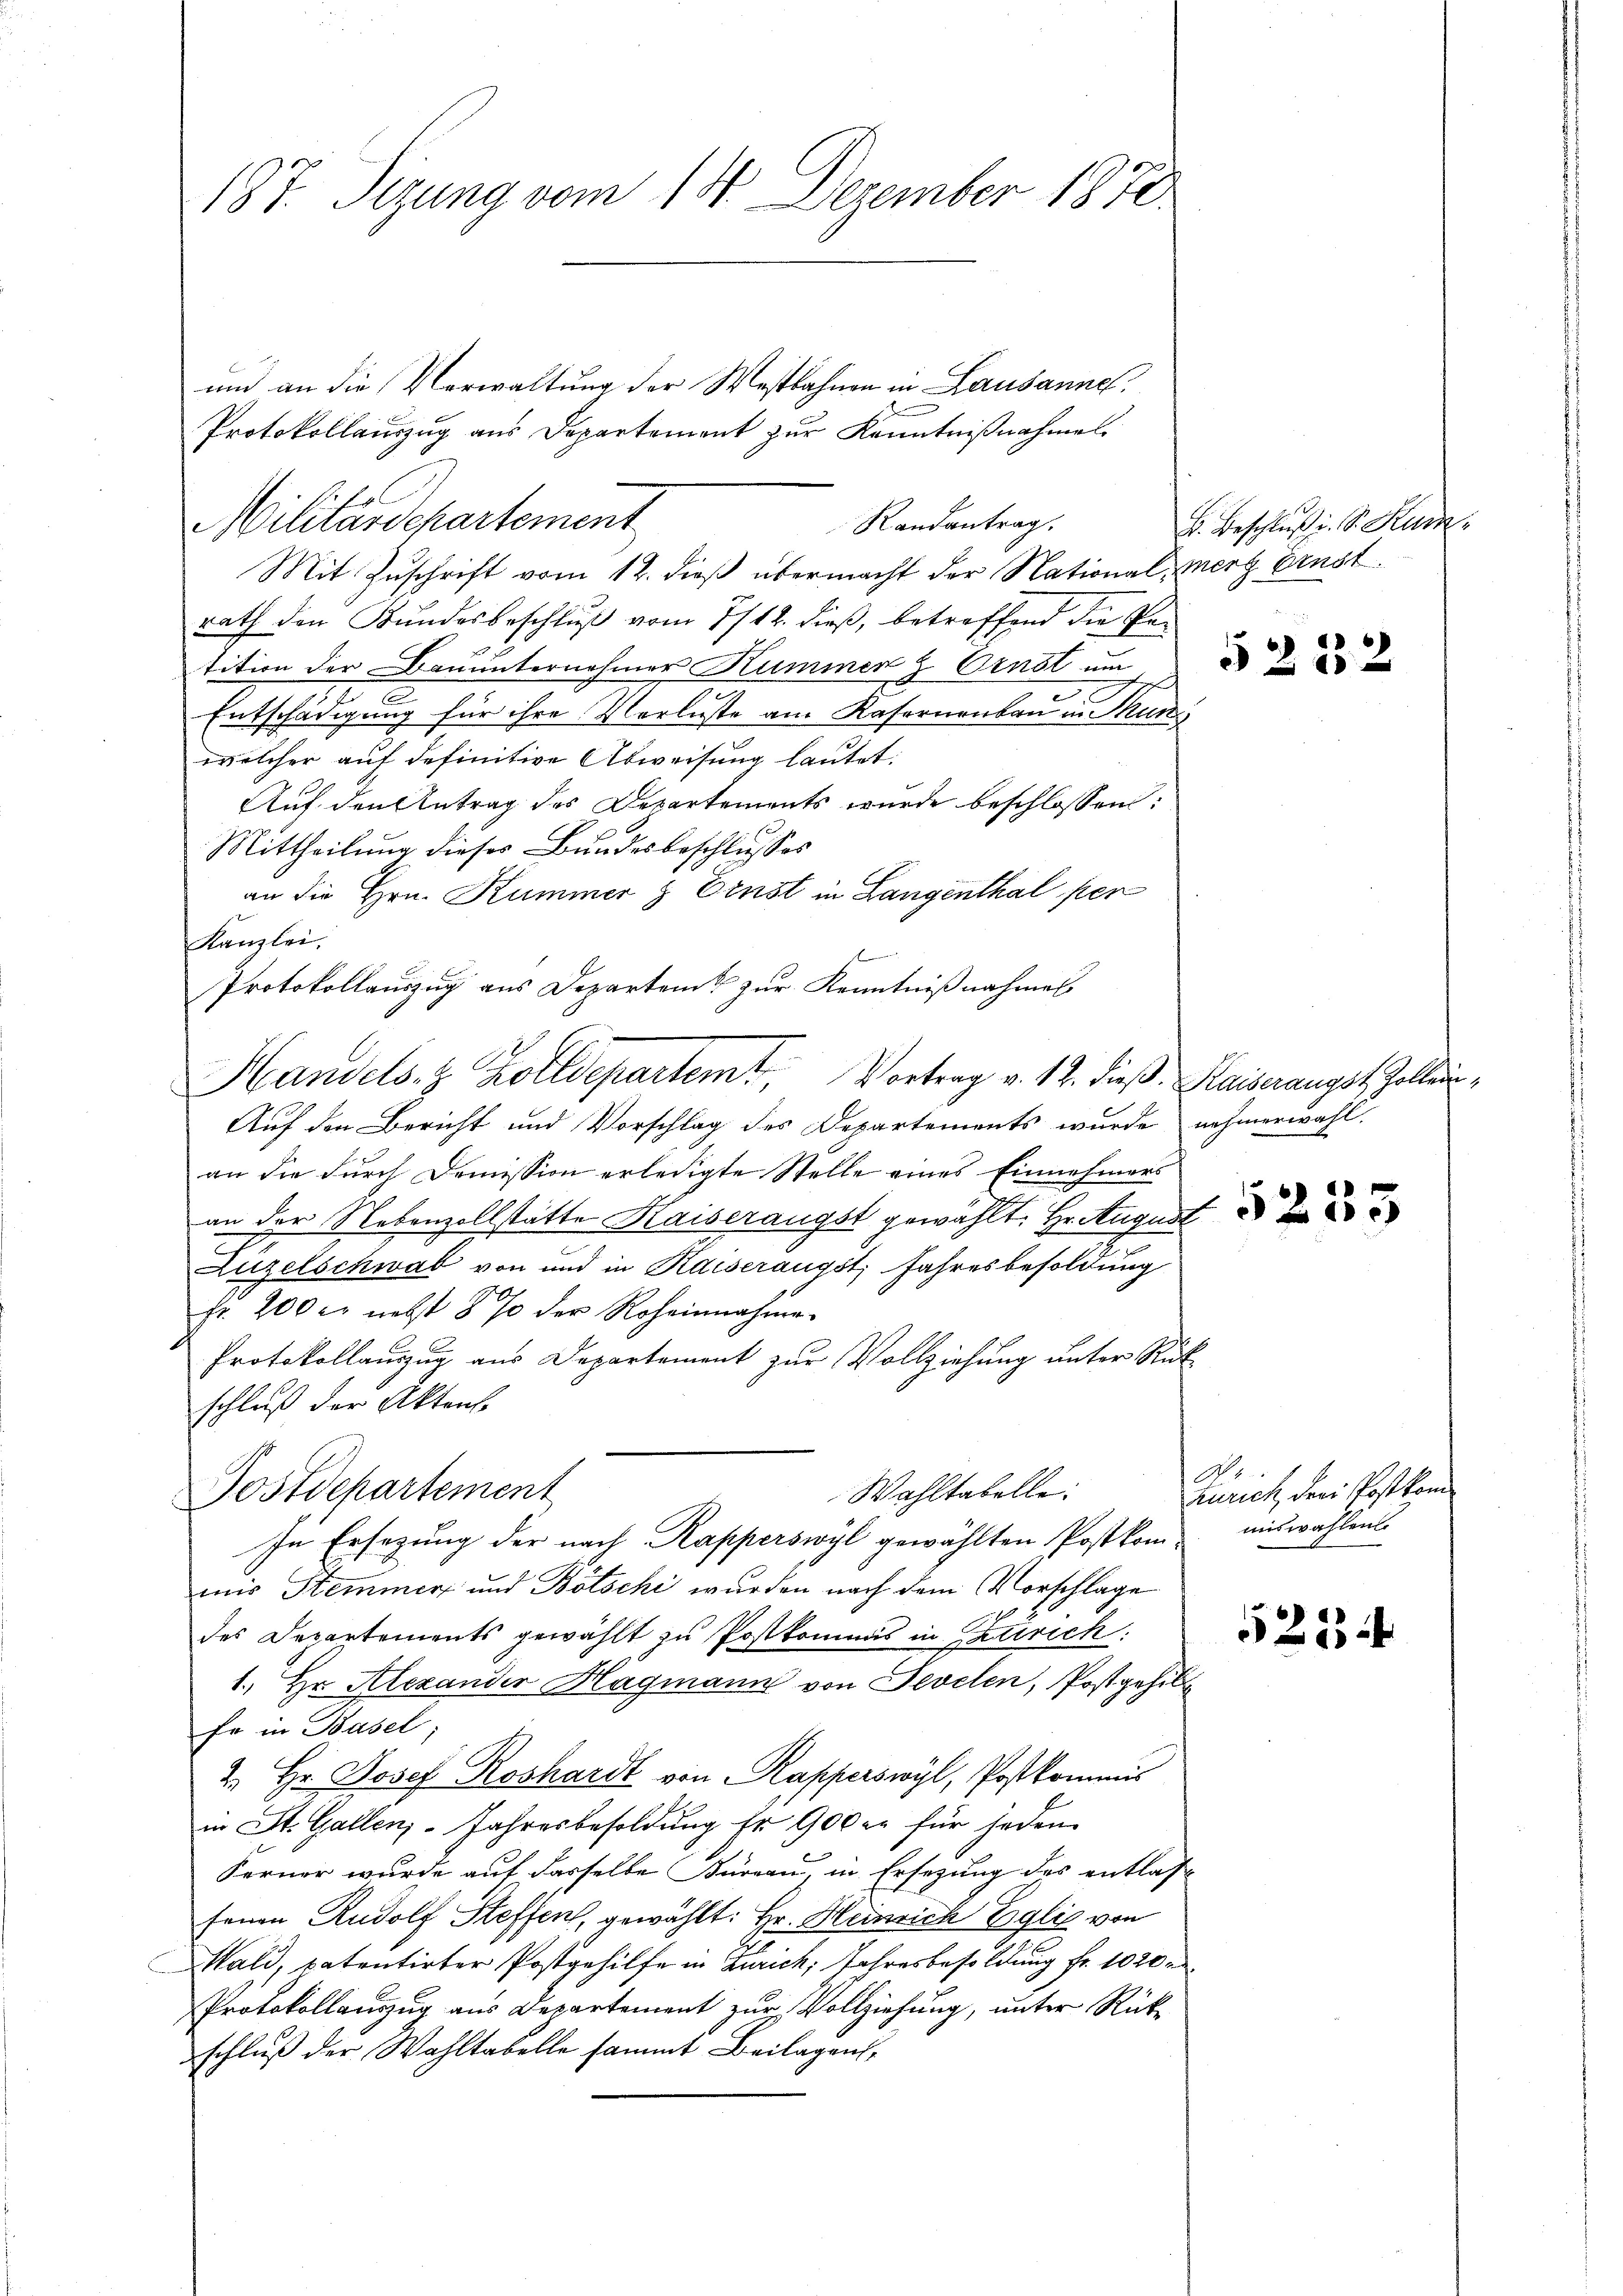
187. Sizung vom 14. Dezember 1870

und an die Verwaltung der Westbahnen in Lausanne
Protokollauszug aus Departement zur Kenntnißnahmes
Militärdepartement
Randantrag.
Mit Zuschrift vom 12. dieß übermacht der Nationalmerg Ernst
rath den Bundesbeschluß vom 1/12. dieß, betreffend die Ge¬
2
tition der Bauunternehmer Kummer z Ernst um
e
e
Entschädigung für ihre Verluste am Kasernenbau in Thun
welcher auf definitive Abweisung lautet:
Auf den Antrag des Departements wurde beschlossen:
Mittheilung dieses Bundesbeschlusses
an die Hrn. Kummer & Ernst in Langenthal per
Kanzlei.
f
Protokollauszug aus Departen zur Kenntnißnahmes
Auf den Bericht und Vorschlag des Departements wurde nehmerwahl.
an die durch Demission erledigte Stelle eines Einnehmers
an der Nebenzollstätte Kaiserangst gewählt. Hr. August
Luzelschwab von und in Kaiserangst, Jahresbesoldung
Fr. 200 c. nebst 8 % der Roheinnahme.
Protokollauszug aus Departement zur Vollziehung unter Rükschluß der Aktens
Wahltabelle:
Postdepartement
In Ersetzung der nach Rapperswyl gewählten Postkommiswahlens
mir Stemmer und Bötschi wurden nach dem Vorschlage
des Departements gewählt zu Postkomms in Extrich:
1. Hr. Alexander Hagmann von Sevelen, Postgehil
Er in Basel;
2. Hr. Josef Roshardt von Kapperswyl, Postkommis
in St. Gallen-Jahresbesoldung Er 900 er für jeden
Ferner wurde auf dasselbe Büreau, in Ersezung des entlas-
senen Rudolf Steffen, gewählt: Hr. Heinrich Egli von
Wald, patentirter Postgehilfe in Zürich, Jahresbesoldung fr. 1020
Protokollauszug aus Departement zur Vollziehung, unter Rückschluß der Wahltabelle sammt Beilagen,

Handels. z. Kolldepartemt, Vortrag v. 12. dieß. Kaiserangst Zollen,

B. Beschlŭβ i. S. Kurz

5232

A1
Zürich den Postkan

5223